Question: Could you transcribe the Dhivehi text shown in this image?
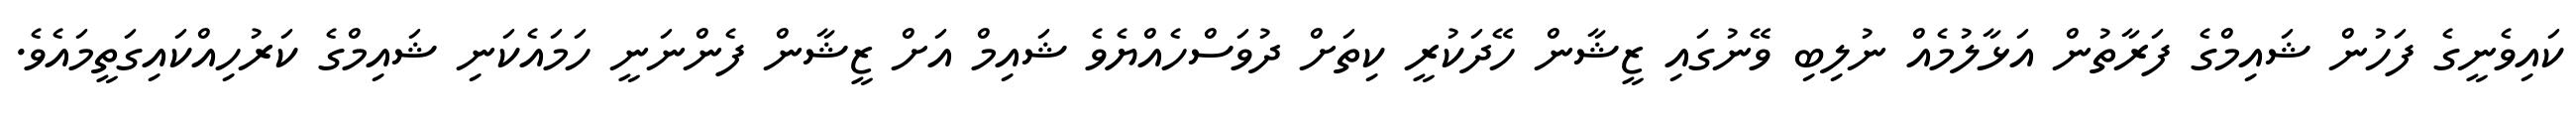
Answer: ކައިވެނީގެ ފަހުން ޝައިމްގެ ފަރާތުން އަޅާލުމެއް ނުލިބި ވޭނުގައި ޒީޝާން ހޭދަކުރީ ކިތަށް ދުވަސްހެއްޔެވެ ޝައިމް އަށް ޒީޝާން ފެންނަނީ ހަމައެކަނި ޝައިމްގެ ކަރުހިއްކައިގަތީމައެވެ.